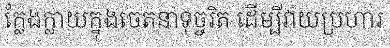
ក្លែងក្លាយក្នុងចេតនាទុច្ចរិត ដើម្បីវាយប្រហារ